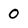
Character: 0